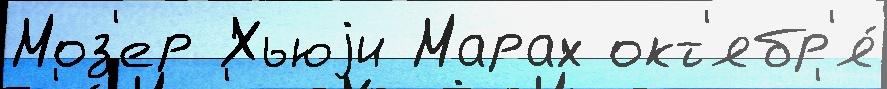
Моз'ер Хьюjи Марах окт'ябр'я́